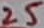
Text: 25